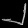
Digit: ၂